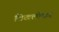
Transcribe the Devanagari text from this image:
चिखलीकर